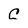
Character: C